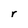
Character: r